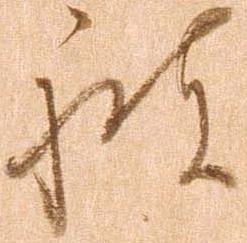
被